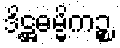
ဒိဋ္ဌဓမ္မိကဉ္စ